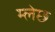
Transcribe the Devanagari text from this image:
म्लेछ